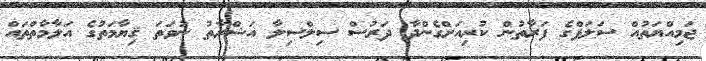
ޖަމިއްޔަތުއް ސަލަފްގެ ފަރާތުން ކުރިއަށްގެންދާ ދަރުސް ސިލްސިލާ އަޝްރާތު ނުވަތަ ޤިޔާމަތުގެ އަލާމާތްތައް